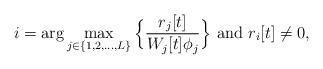
LaTeX: \begin{align*}i = \arg \max\limits_{j\in\{1,2,\ldots,L\}}\Big\{\frac{r_j[t]}{W_j[t]\phi_j}\Big\}~\textrm{and}~r_i[t] \neq 0,\end{align*}